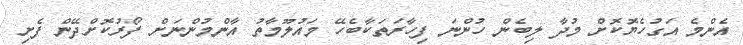
އެންމެ އަގުހެޔޮކޮށް މުދާ ލިބެން ހުންނަ ފިހާރަތަކާބެހޭ މައުލޫމާތު އާންމުންނަށް ފޯރުކޮށްދޭން ފެށި